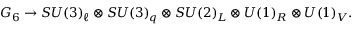
G _ { 6 } \to S U ( 3 ) _ { \ell } \otimes S U ( 3 ) _ { q } \otimes S U ( 2 ) _ { L } \otimes U ( 1 ) _ { R } \otimes U ( 1 ) _ { V } .